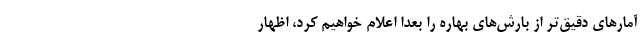
آمارهای دقیق‌تر از بارش‌های بهاره را بعدا اعلام خواهیم کرد، اظهار